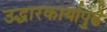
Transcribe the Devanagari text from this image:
उद्धारकार्यापुढे